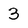
Character: 3